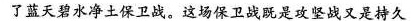
了蓝天碧水净土保卫战。这场保卫战既是攻坚战又是持久